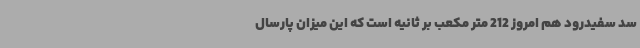
سد سفیدرود هم امروز 212 متر مکعب بر ثانیه است که این میزان پارسال